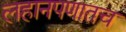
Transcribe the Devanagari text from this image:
लहानपणातच